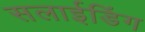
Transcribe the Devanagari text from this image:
सलाईडिंग